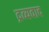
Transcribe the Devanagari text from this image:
द्रव्यवाद